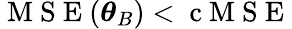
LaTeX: \mathrm{~M~S~E~}(\boldsymbol{\theta}_{B})<\mathrm{~c~M~S~E~}